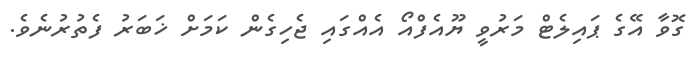
ގޮވާ އޭގެ ޕައިލެޓް މަރުވީ ޔޫއެފްއޯ އެއްގައި ޖެހިގެން ކަމަށް ޚަބަރު ފެތުރުނެވެ.